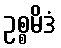
ဥစ္စမိဒံ